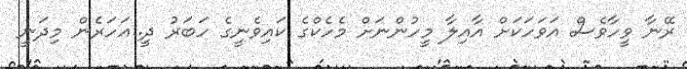
ރޭނާ ވީހާވެސް އަވަހަކަށް އާއިލާ މީހުންނަށް މެހެކްގެ ކައިވެނީގެ ހަބަރު ދީ..އަހަރެން މިދަނީ